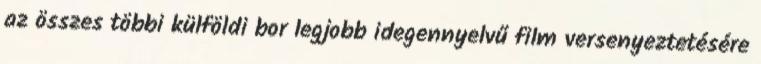
az összes többi külföldi bor legjobb idegennyelvű film versenyeztetésére